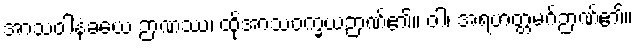
အာသဝါနံခယေ ဉာဏဿ၊ ထိုအာသဝက္ခယဉာဏ်၏။ ဝါ၊ အရဟတ္တမဂ်ဉာဏ်၏။